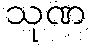
သုဏ